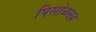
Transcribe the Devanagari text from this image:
पिसोळसह